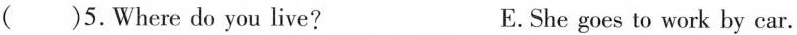
( )5.Where do you live? E.She goes to work by car.